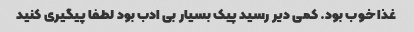
غذا خوب بود. کمی دیر رسید پیک بسیار بی ادب بود لطفا پیگیری کنید